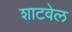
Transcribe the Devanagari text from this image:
शाटवेल